Reports on military cantonments and civil stations in the Presidency of Bombay inspected by the Sanitary Commissioner in the years 1875 and 1876
Year: 1875
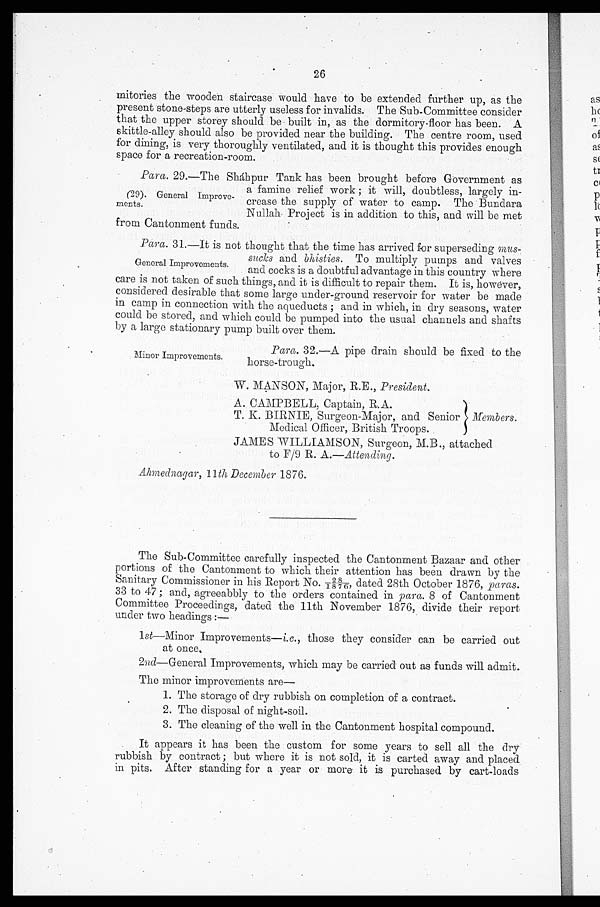
26
mitories the wooden staircase would have to be extended further up, as the
present stone-steps are utterly useless for invalids. The Sub-Committee consider
that the upper storey should be built in, as the dormitory-floor has been. A
skittle-alley should also be provided near the building. The centre room, used
for dining, is very thoroughly ventilated, and it is thought this provides enough
space for a recreation-room.
Para. 29.—The Shahpur Tank has been brought before Government as
a famine relief work ; it will, doubtless, largely in-
crease the supply of water to camp. The Bundara
Nullah Project is in addition to this, and will be met
from Cantonment funds.
Para. 31.—It is not thought that the time has arrived for superseding
mus-sucks
and bhisties. To multiply pumps and valves
and cocks is a doubtful advantage in this country where
care is not taken of such things, and it is difficult to repair them. It is, however,
considered desirable that sonic large under-ground reservoir for water be made
in camp in connection with the aqueducts ; and in which, in dry seasons, water
could be stored, and which could be pumped into the usual channels and shafts
by a largo stationary pump built over them.
(29). General Improve-
ments.
General Improvements.
Minor Improvements.
Para. 32.—A pipe drain should be fixed to the
horse-trough,
W. MANSON, Major, R.E., President.
A.
'
CAMPBELL. Captain, R.A.
T. K. BIRNIE, Surgeon-Major, and Senior Members.
Medical Officer, British Troops.
JAMES WILLIAMSON, Surgeon, M.B., attached
to F/9 R. A.—Attending.
Ahmednagar, 11th December 1876,
The Sub-Committee carefully inspected the Cantonment Bazaar and other
portions of the Cantonment to which their attention has been drawn by the
Sanitary Commissioner in his Report No. 28/1876, dated 28th October 1876, paras .
33 to 47; and, agreeabbly to the orders contained in para. 8 of Cantonment
Committee Proceedings, dated the 11th November 1876, divide their report
under two headings :—
1 st—Minor Improvements— i.e ., those they consider can be carried out
at once,
2nd—General. Improvements, which may be carried out as funds will admit.
The minor improvements are
—
1. The storage of dry rubbish on completion of a contract.
2. The disposal of night-soil.
3. The cleaning of the well in the Cantonment hospital compound.
It appears it has been the custom for some years to sell all the dry
rubbish by contract ; but where it is not sold, it is carted away and placed
in pits, After standing for a year or more it is purchased by cart-loads